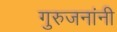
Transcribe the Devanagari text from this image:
गुरुजनांनी